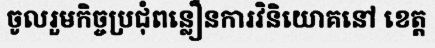
ចូលរួមកិច្ចប្រជុំពន្លឿនការវិនិយោគនៅ ខេត្ត